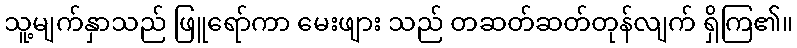
သူ့မျက်နှာသည် ဖြူရော်ကာ မေးဖျား သည် တဆတ်ဆတ်တုန်လျက် ရှိကြ၏။